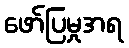
ဖော်ပြမှုအရ